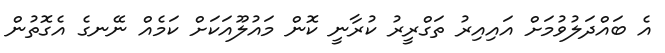
އެ ބައްދަލުވުމަށް އައިއިރު ތަގްރީރު ކުރާނީ ކޮން މައުލޫއަކަށް ކަމެއް ނޭނގެ އެގޮތުން